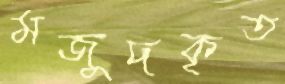
মজুদকৃত